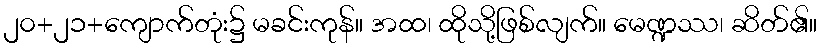
၂၀+၂၁+ကျောက်တုံး၌ မခင်းကုန်။ အထ၊ ထိုသို့ဖြစ်လျက်။ မေဏ္ဍဿ၊ ဆိတ်၏။